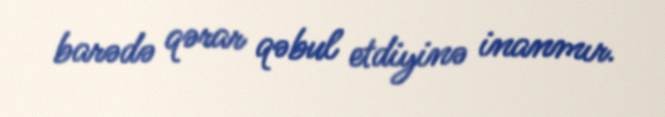
barədə qərar qəbul etdiyinə inanmır.